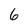
Character: 6